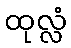
ထုလ္လံ